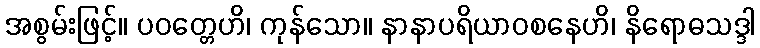
အစွမ်းဖြင့်။ ပဝတ္တေဟိ၊ ကုန်သော။ နာနာပရိယာဝစနေဟိ၊ နိရောဓသဒ္ဒါ